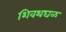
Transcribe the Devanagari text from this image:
शिवथघळ